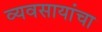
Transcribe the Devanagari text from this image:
व्यवसायांचा